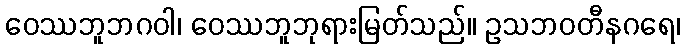
ဝေဿဘူဘဂဝါ၊ ဝေဿဘူဘုရားမြတ်သည်။ ဥသဘဝတီနဂရေ၊